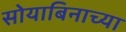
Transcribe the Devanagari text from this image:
सोयाबिनाच्या